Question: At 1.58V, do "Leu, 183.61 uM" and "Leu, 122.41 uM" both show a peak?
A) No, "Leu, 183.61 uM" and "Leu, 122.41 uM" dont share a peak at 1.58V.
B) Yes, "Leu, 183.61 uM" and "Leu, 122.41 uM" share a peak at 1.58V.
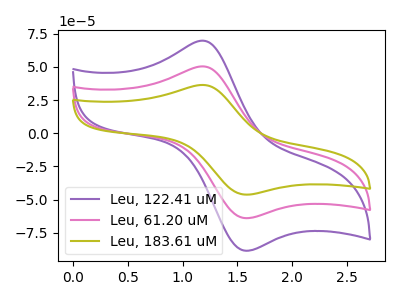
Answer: <think>The purple curve "Leu, 122.41 uM" has an anodic peak at (1.20V, 69.80uA) and a cathodic peak at (1.60V, -88.50uA). The pink curve "Leu, 61.20 uM" has an anodic peak at (1.20V, 50.45uA) and a cathodic peak at (1.60V, -63.95uA). The olive curve "Leu, 183.61 uM" has an anodic peak at (1.20V, 100.90uA) and a cathodic peak at (1.60V, -127.90uA).</think>
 <answer>B) Yes, "Leu, 183.61 uM" and "Leu, 122.41 uM" share a peak at 1.58V.</answer>
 <eval>B</eval>